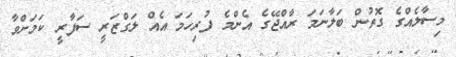
މިސާލެއްގެ ގޮތުން ބަލާނަމަ ރާއްޖޭގެ އެންމެ ފުރިހަމަ އެއް ލަގްޒަރީ ސަފާރީ ކަމަށްވާ